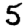
Digit: 5